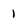
Character: 1